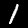
Label: 1